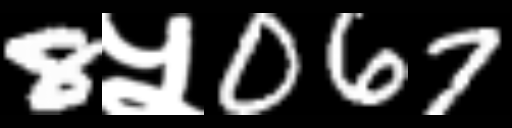
Text: 8५067